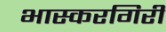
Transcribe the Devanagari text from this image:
भास्करगिरी